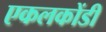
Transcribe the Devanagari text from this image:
एकलकोंडी